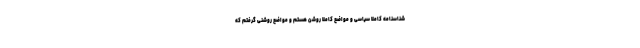
شناسنامه کاملا سیاسی و مواضع کاملا روشن هستم و مواضع روشنی گرفتم که